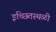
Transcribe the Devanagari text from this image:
इच्छितस्थळी